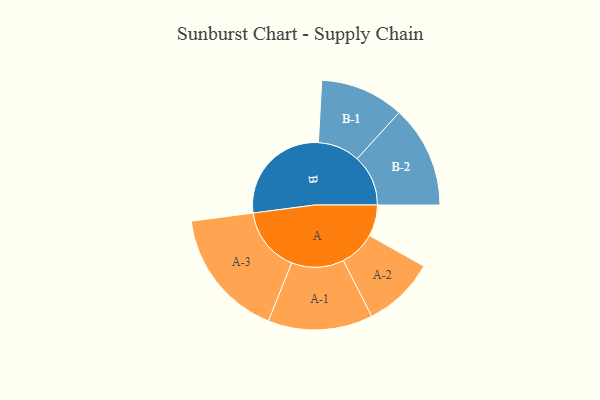
{"axis": {"x": "Segment", "y": "Value"}, "legend": ["", "A", "B"], "data": [{"x": "A", "y": 142, "type": ""}, {"x": "B", "y": 487, "type": ""}, {"x": "A-1", "y": 237, "type": "A"}, {"x": "A-2", "y": 163, "type": "A"}, {"x": "A-3", "y": 294, "type": "A"}, {"x": "B-1", "y": 190, "type": "B"}, {"x": "B-2", "y": 231, "type": "B"}]}